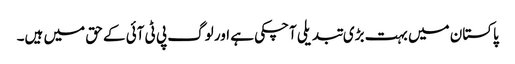
پاکستان میں بہت بڑی تبدیلی آچکی ہے اور لوگ پی ٹی آئی کے حق میں ہیں۔